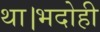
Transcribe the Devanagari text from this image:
था।भदोही